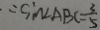
\therefore \sin \angle A B C = \frac { 3 } { 5 }